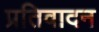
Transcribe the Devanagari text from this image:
प्रतिवादन